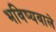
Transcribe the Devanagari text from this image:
भविष्यवाले